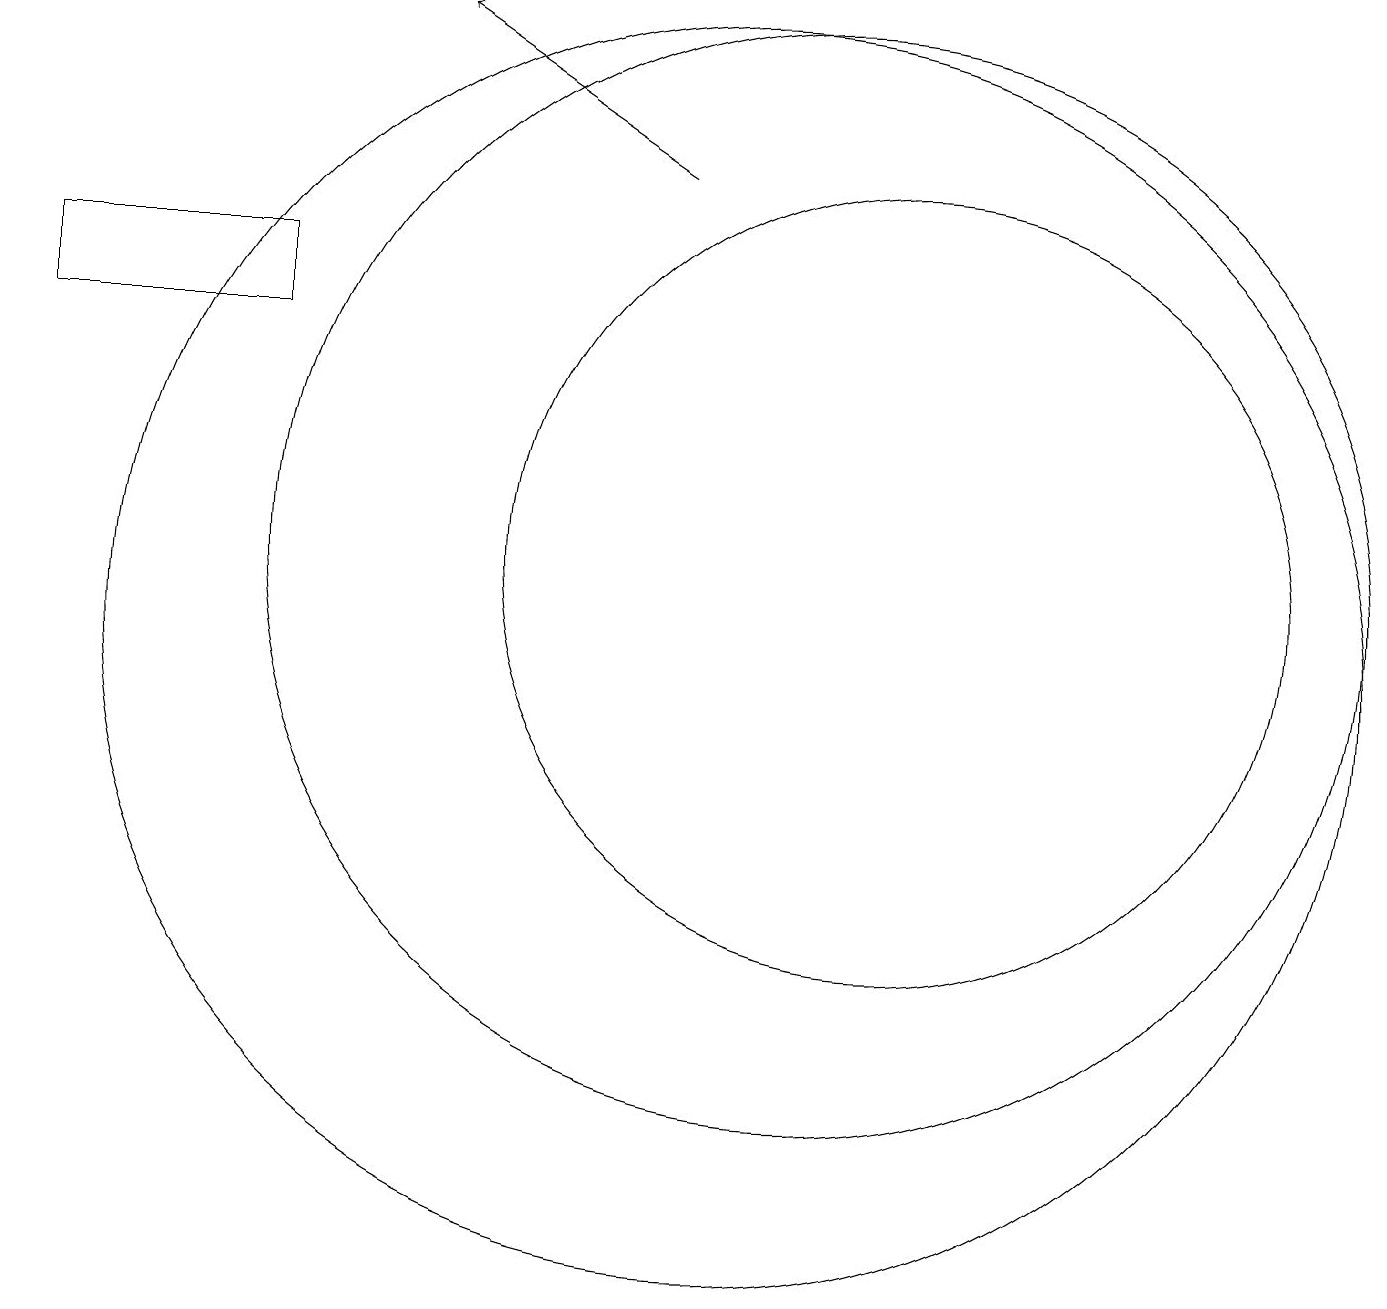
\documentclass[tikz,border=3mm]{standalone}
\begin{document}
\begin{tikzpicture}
\draw[->] (9,17) -- (6,19);
\draw (10,11) circle (8);
\draw (4,16) rectangle (1,15);
\draw (12,12) circle (5);
\draw (11,12) circle (7);
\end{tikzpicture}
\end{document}